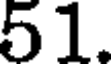
51.